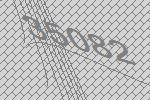
35082